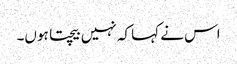
اس نے کہا کہ نہیں بیچتا ہوں۔